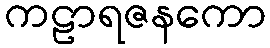
ကဠာရဇနကော